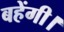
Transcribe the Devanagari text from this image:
बहेंगी।